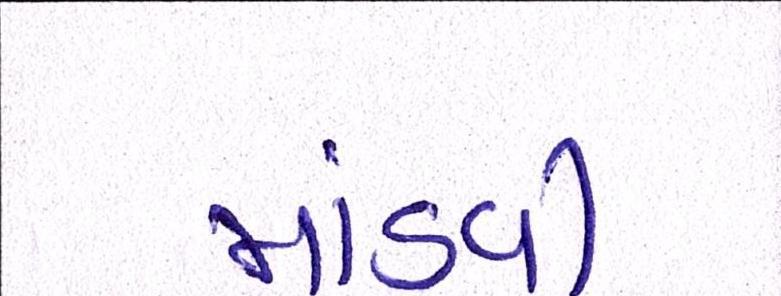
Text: માંડવી